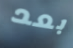
بعد